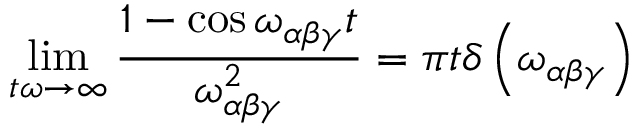
\operatorname* { l i m } _ { t \omega \rightarrow \infty } \frac { 1 - \cos \omega _ { \alpha \beta \gamma } t } { \omega _ { \alpha \beta \gamma } ^ { 2 } } = \pi t \delta \left( \omega _ { \alpha \beta \gamma } \right)